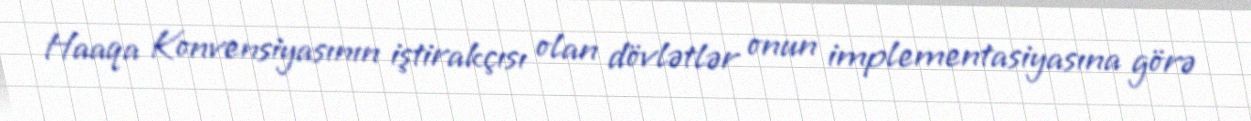
Haaqa Konvensiyasının iştirakçısı olan dövlətlər onun implementasiyasına görə